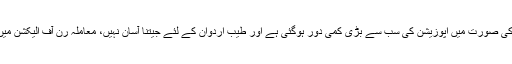
ان کا خیال تھا کہ محرم انجے کی صورت میں اپوزیشن کی سب سے بڑی کمی دور ہوگئی ہے اور طیب اردوان کے لئے جیتنا آسان نہیں، معاملہ رن آف الیکشن میں جانے کے قوی امکانات ہیں ۔